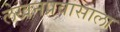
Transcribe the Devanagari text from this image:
लेखनप्रवासाला